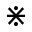
\divideontimes